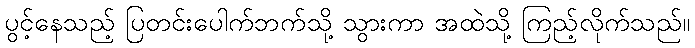
ပွင့်နေသည့် ပြတင်းပေါက်ဘက်သို့ သွားကာ အထဲသို့ ကြည့်လိုက်သည်။